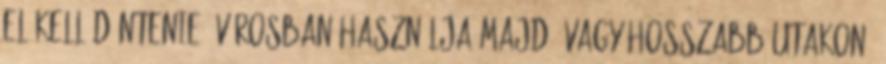
el kell döntenie, városban használja majd, vagy hosszabb utakon,